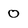
Character: 0